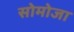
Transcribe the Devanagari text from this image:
सोमोजा